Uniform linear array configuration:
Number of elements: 64
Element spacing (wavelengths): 1
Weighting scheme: kaiser
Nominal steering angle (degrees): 45
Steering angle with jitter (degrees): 45.532
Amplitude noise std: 0.05
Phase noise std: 0.05

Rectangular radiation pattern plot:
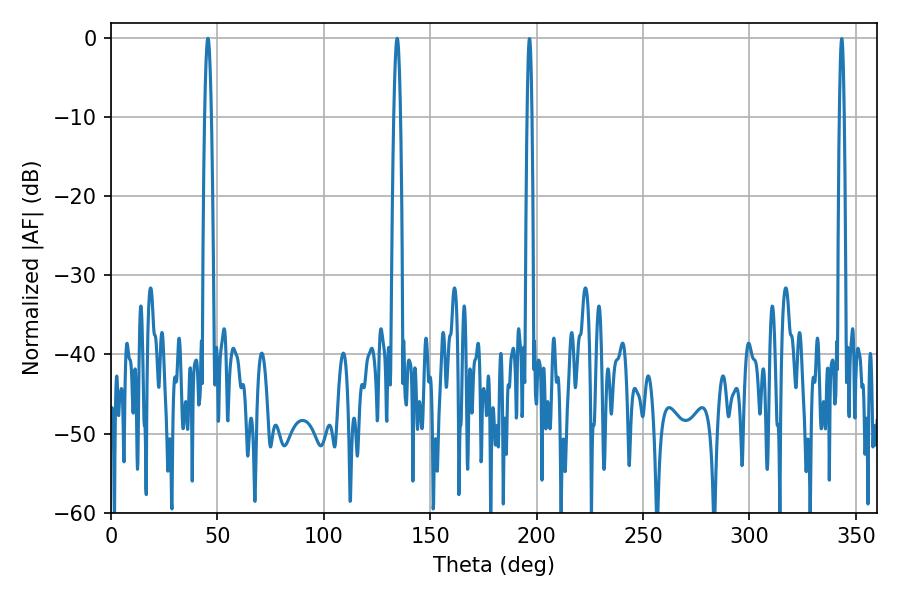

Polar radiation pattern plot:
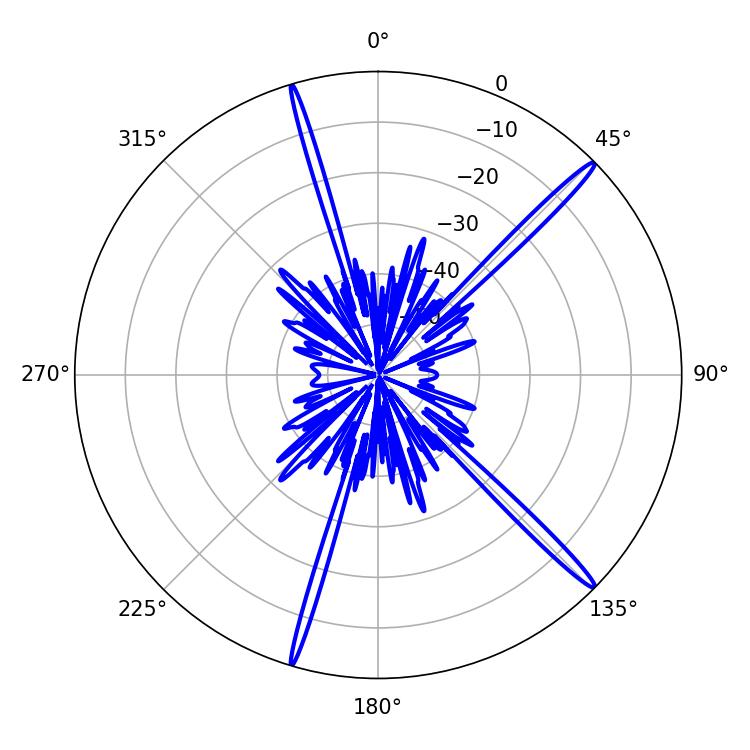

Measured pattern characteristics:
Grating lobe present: TRUE
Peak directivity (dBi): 17.733
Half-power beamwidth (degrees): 1.8
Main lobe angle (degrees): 45.54